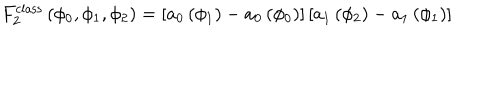
F _ { 2 } ^ { \mathrm { c l a s s } } \left( \phi _ { 0 } , \phi _ { 1 } , \phi _ { 2 } \right) = \left[ a _ { 0 } \left( \phi _ { 1 } \right) - a _ { 0 } \left( \phi _ { 0 } \right) \right] \left[ a _ { 1 } \left( \phi _ { 2 } \right) - a _ { 1 } \left( \phi _ { 1 } \right) \right]